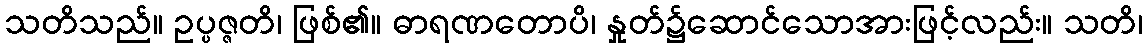
သတိသည်။ ဥပ္ပဇ္ဇတိ၊ ဖြစ်၏။ ဓာရဏတောပိ၊ နှုတ်၌ဆောင်သောအားဖြင့်လည်း။ သတိ၊